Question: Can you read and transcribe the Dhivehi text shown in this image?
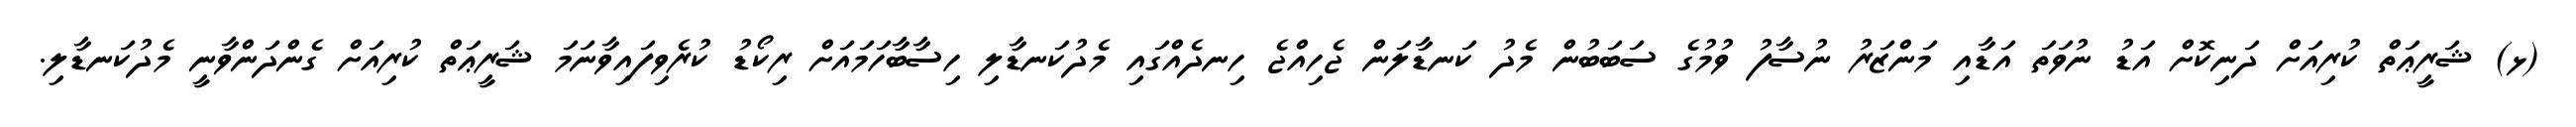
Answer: (ޅ) ޝަރީޢަތް ކުރިއަށް ދަނިކޮށް އަޑު ނުވަތަ އަޑާއި މަންޒަރު ނުސާފު ވުމުގެ ސަބަބުން މެދު ކަނޑާލަން ޖެހިއްޖެ ހިނދެއްގައި މެދުކަނޑާލި ހިސާބާހަމައަށް ރިކޯޑު ކުރެވިފައިވާނަމަ ޝަރީޢަތް ކުރިއަށް ގެންދަންވާނީ މެދުކަނޑާލި.